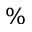
\%